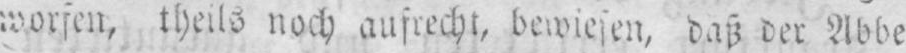
daß der Abbe